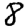
Digit: 8